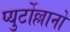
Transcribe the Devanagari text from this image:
प्युर्टोल्लानो